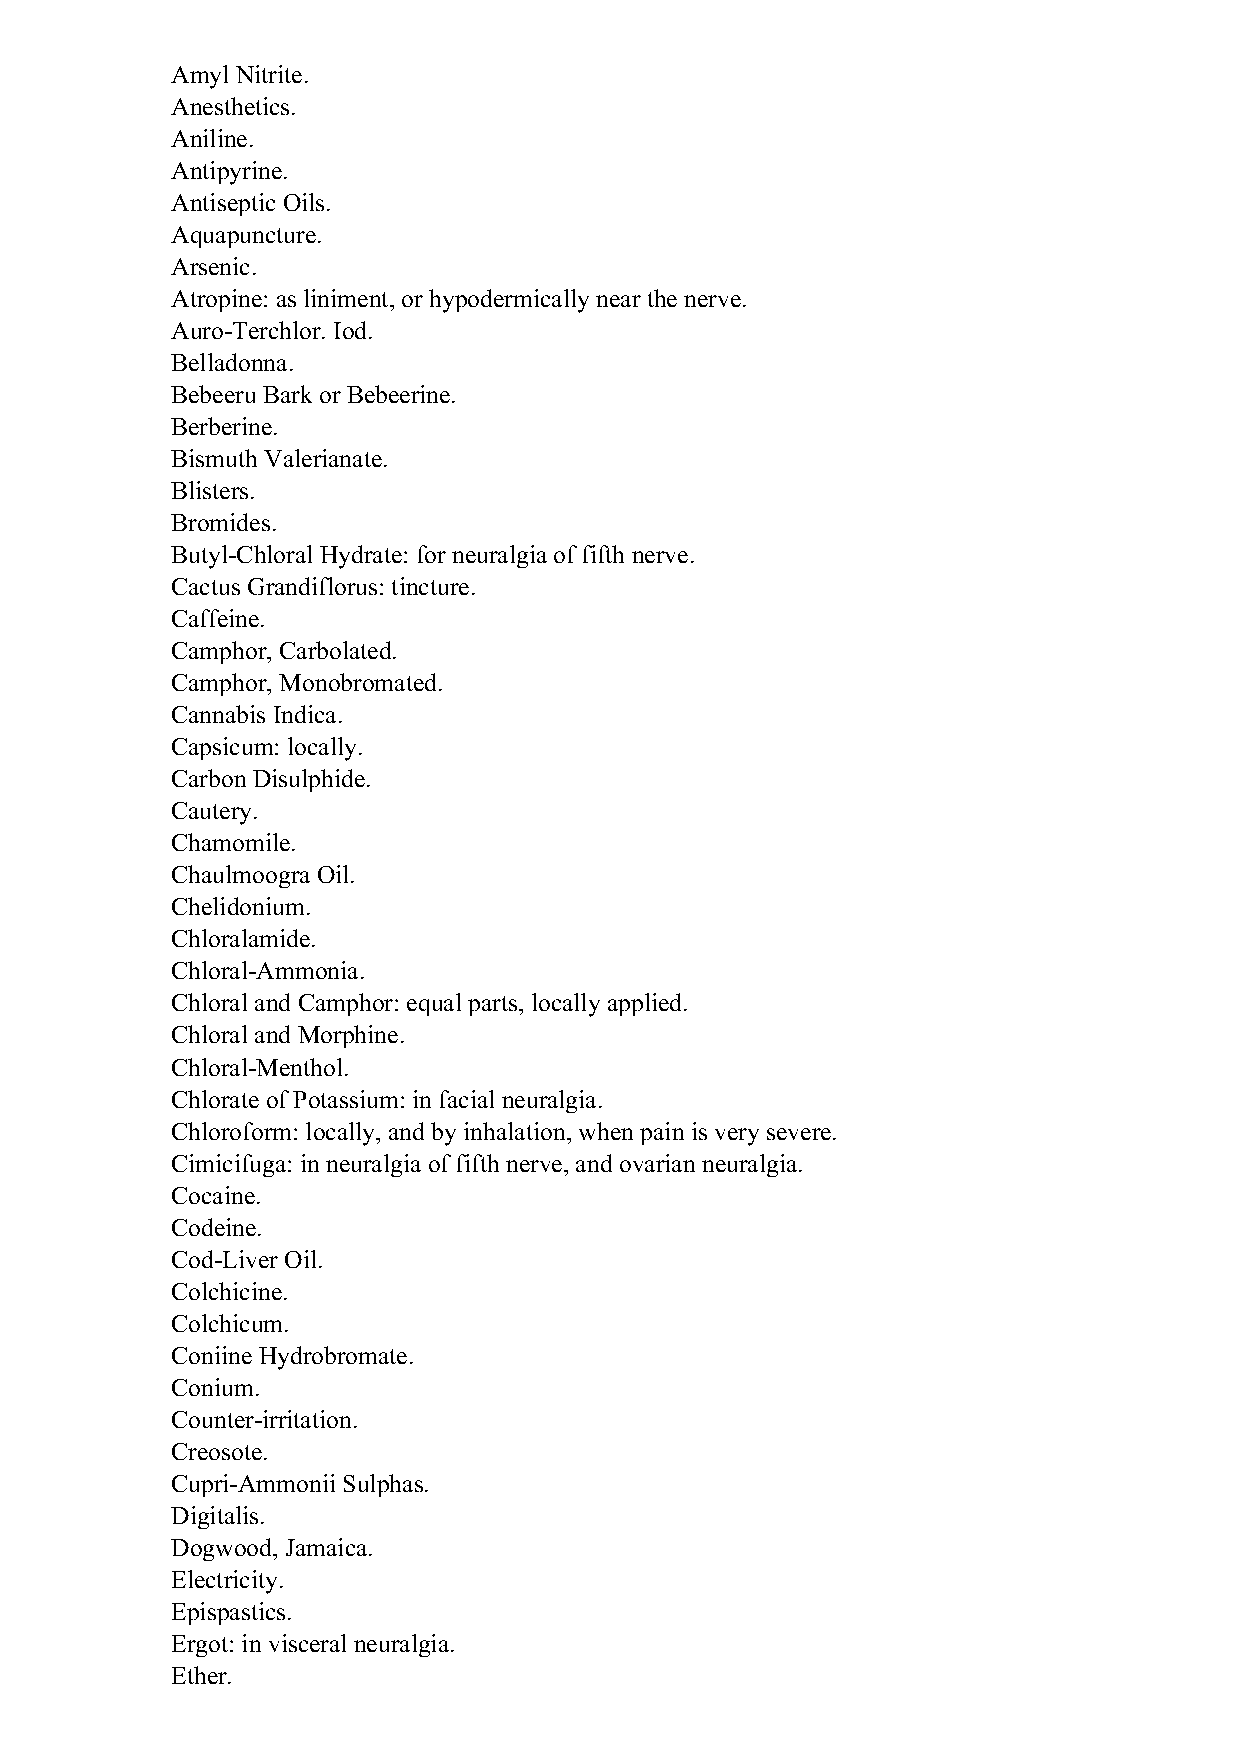
Amyl Nitrite.
 Anesthetics.
 Aniline.
 Antipyrine.
 Antiseptic Oils.
 Aquapuncture.
 Arsenic.
 Atropine: as liniment, or hypodermically near the nerve.
 Auro-Terchlor. Iod.
 Belladonna.
 Bebeeru Bark or Bebeerine.
 Berberine.
 Bismuth Valerianate.
 Blisters.
 Bromides.
 Butyl-Chloral Hydrate: for neuralgia of fifth nerve.
 Cactus Grandiflorus: tincture.
 Caffeine.
 Camphor, Carbolated.
 Camphor, Monobromated.
 Cannabis Indica.
 Capsicum: locally.
 Carbon Disulphide.
 Cautery.
 Chamomile.
 Chaulmoogra Oil.
 Chelidonium.
 Chloralamide.
 Chloral-Ammonia.
 Chloral and Camphor: equal parts, locally applied.
 Chloral and Morphine.
 Chloral-Menthol.
 Chlorate of Potassium: in facial neuralgia.
 Chloroform: locally, and by inhalation, when pain is very severe.
 Cimicifuga: in neuralgia of fifth nerve, and ovarian neuralgia.
 Cocaine.
 Codeine.
 Cod-Liver Oil.
 Colchicine.
 Colchicum.
 Coniine Hydrobromate.
 Conium.
 Counter-irritation.
 Creosote.
 Cupri-Ammonii Sulphas.
 Digitalis.
 Dogwood, Jamaica.
 Electricity.
 Epispastics.
 Ergot: in visceral neuralgia.
 Ether.